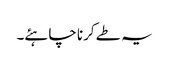
یہ طے کرنا چاہئے۔